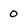
Character: O